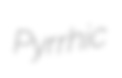
Pyrrhic